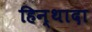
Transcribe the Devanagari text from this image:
हिन्थादा